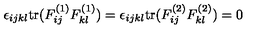
\epsilon _ { i j k l } \mathrm { t r } ( F _ { i j } ^ { ( 1 ) } F _ { k l } ^ { ( 1 ) } ) = \epsilon _ { i j k l } \mathrm { t r } ( F _ { i j } ^ { ( 2 ) } F _ { k l } ^ { ( 2 ) } ) = 0